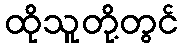
ထိုသူတို့တွင်